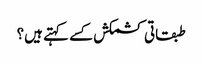
طبقاتی کشمکش کسے کہتے ہیں؟